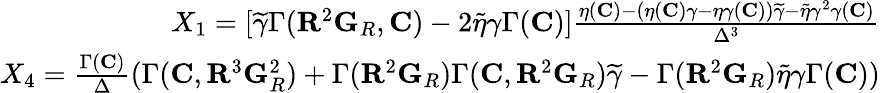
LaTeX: \begin{array}{r}{X_{1}=[\widetilde{\gamma}\Gamma({\mathbf{R}}^{2}{\mathbf{G}}_{R},{\mathbf{C}})-2\widetilde{\eta}\gamma\Gamma({\mathbf{C}})]\frac{\eta({\mathbf{C}})-(\eta({\mathbf{C}})\gamma-\eta\gamma({\mathbf{C}}))\widetilde{\gamma}-\widetilde{\eta}\gamma^{2}\gamma({\mathbf{C}})}{\Delta^{3}}}\\ {X_{4}=\frac{\Gamma({\mathbf{C}})}{\Delta}(\Gamma({\mathbf{C}},{\mathbf{R}}^{3}{\mathbf{G}}_{R}^{2})+\Gamma({\mathbf{R}}^{2}{\mathbf{G}}_{R})\Gamma({\mathbf{C}},{\mathbf{R}}^{2}{\mathbf{G}}_{R})\widetilde{\gamma}-\Gamma({\mathbf{R}}^{2}{\mathbf{G}}_{R})\widetilde{\eta}\gamma\Gamma({\mathbf{C}}))}\end{array}